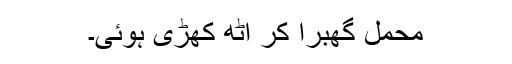
محمل گھبرا کر اٹھ کھڑی ہوئی۔